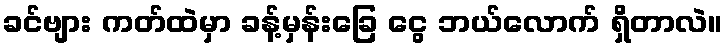
ခင်ဗျား ကတ်ထဲမှာ ခန့်မှန်းခြေ ငွေ ဘယ်လောက် ရှိတာလဲ။